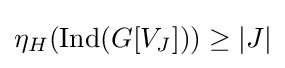
\eta _{H}({\text{Ind}}(G[V_{J}]))\geq |J|